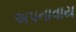
અપનાવાય